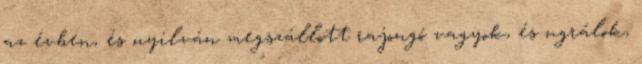
az évben, és nyilván megszállott rajongó vagyok, és ugrálok,